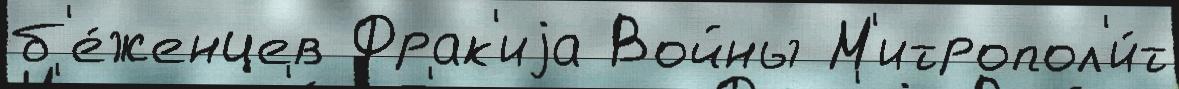
б'е́женцев Фрак'иjа Войны М'итропол'и́т